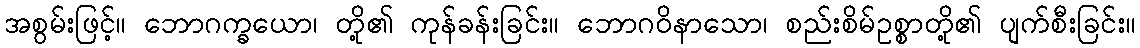
အစွမ်းဖြင့်။ ဘောဂက္ခယော၊ တို့၏ ကုန်ခန်းခြင်း။ ဘောဂဝိနာသော၊ စည်းစိမ်ဥစ္စာတို့၏ ပျက်စီးခြင်း။